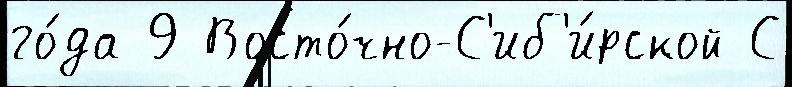
го́да 9 Восто́чно-С'иб'и́рской С